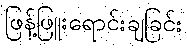
ဖြန့်ဖြူးရောင်းချခြင်း